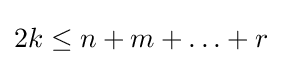
2k\leq n+m+\ldots +r